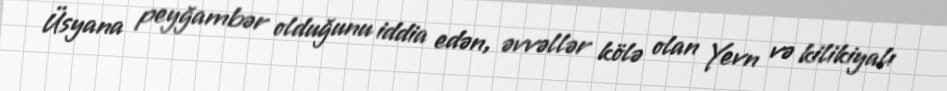
Üsyana peyğambər olduğunu iddia edən, əvvəllər kölə olan Yevn və kilikiyalı